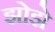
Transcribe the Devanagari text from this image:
झोझे